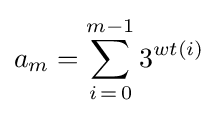
a_{m}=\sum _{i\mathop {=} 0}^{m-1}3^{wt(i)}